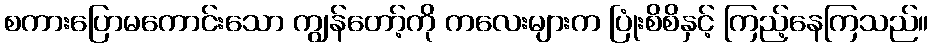
စကားပြောမကောင်းသော ကျွန်တော့်ကို ကလေးများက ပြုံးစိစိနှင့် ကြည့်နေကြသည်။